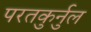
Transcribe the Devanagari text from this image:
परतकुर्नुल